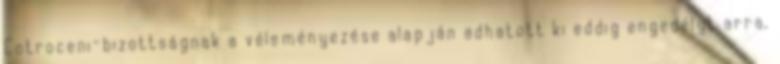
Cotroceni-bizottságnak a véleményezése alapján adhatott ki eddig engedélyt arra,